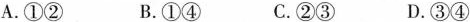
A.①② B.①④ C.②③ D.③④